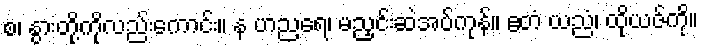
စ၊ နွားတို့ကိုလည်းကောင်း။ န ဟညရေ၊ မညှင်းဆဲအပ်ကုန်။ ဧတံ ယညံ၊ ထိုယဇ်ကို။